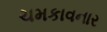
ચમકાવનાર